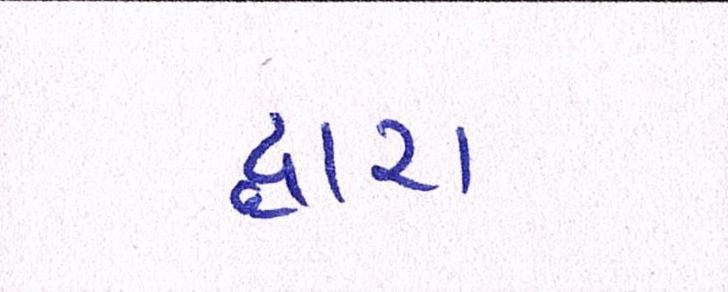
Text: દ્ધારા